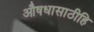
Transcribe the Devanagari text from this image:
औषधासाठीहि